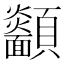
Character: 𩖋